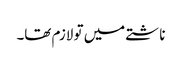
ناشتے میں تو لازم تھا۔